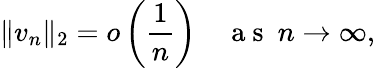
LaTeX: \Vert{v_{n}}\Vert_{2}=o\left(\frac{1}{n}\right)\quad\mathrm{~a~s~}\ n\rightarrow\infty,